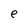
Character: e